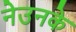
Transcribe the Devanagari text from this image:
नेउनके